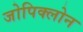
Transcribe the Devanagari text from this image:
जोपिक्लोन